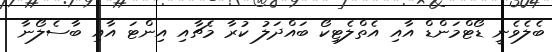
ބެލެވެނީ ޑޯޓްމަންޑް އާއި އެތްލެޓިކޯ ބައްދަލު ކުރާ މެޗާއި އިންޓަ އާއި ބާސެލޯނާ